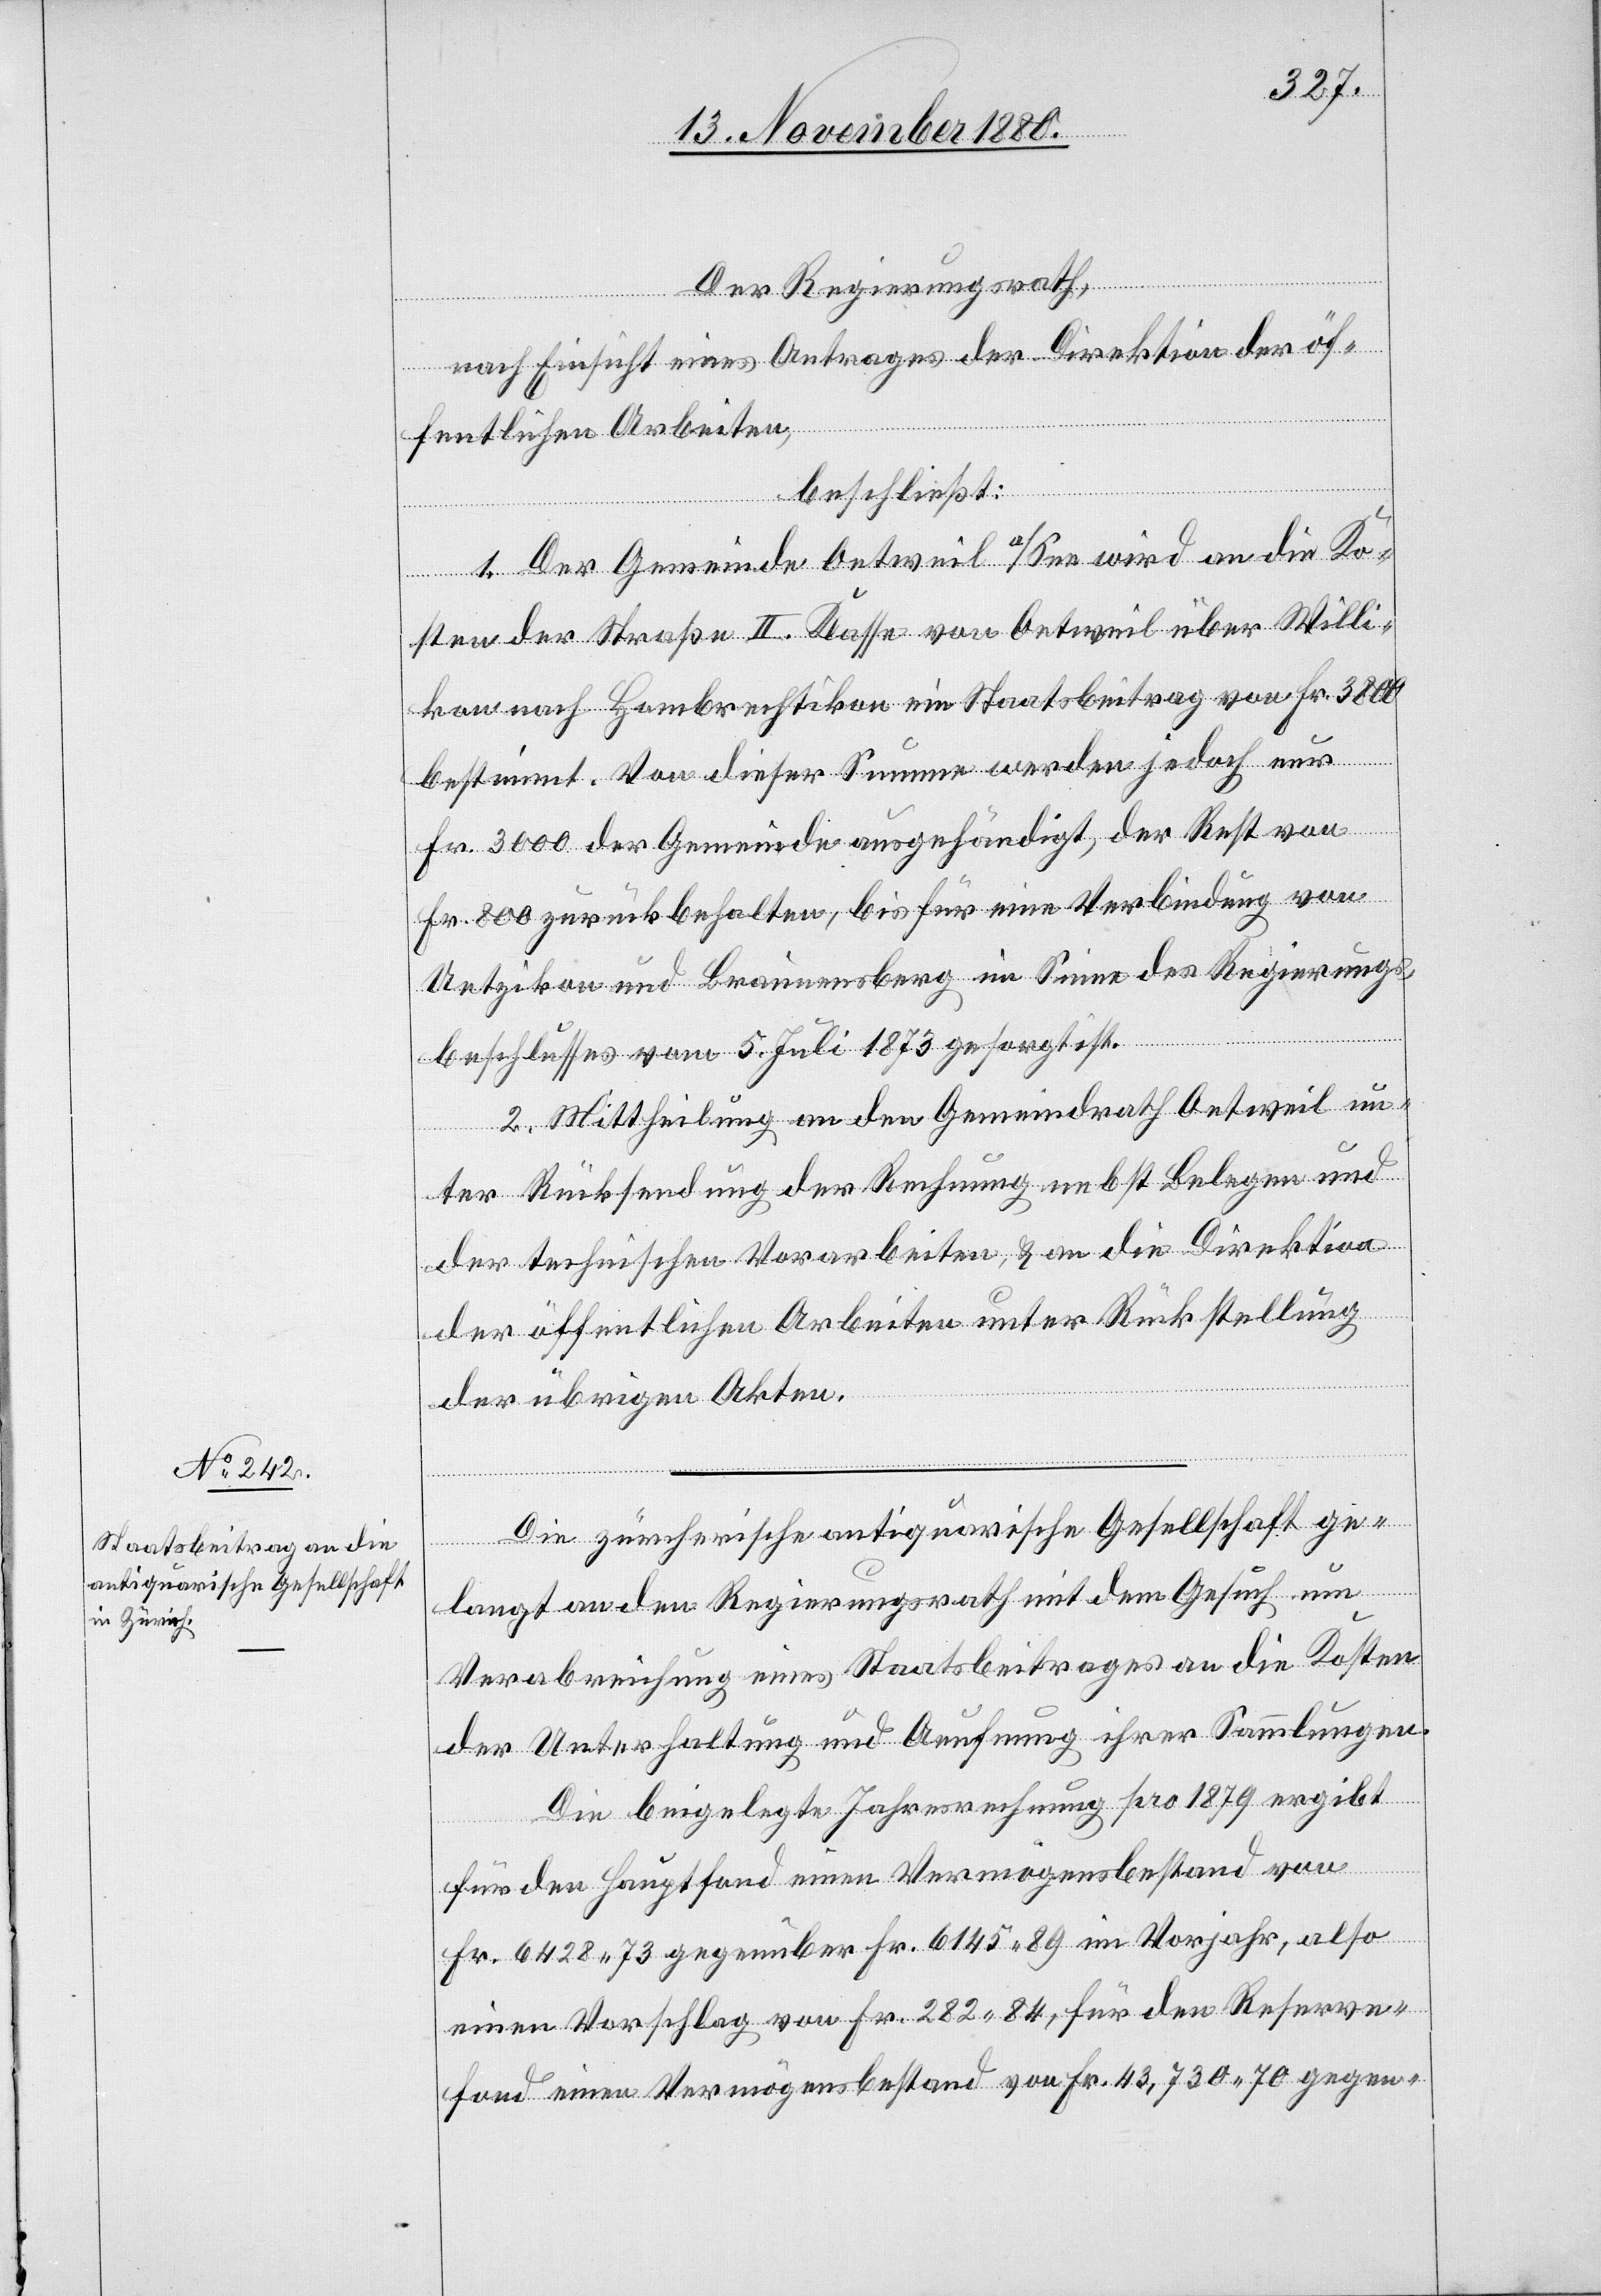
Der Regierungsrath,
nach Einsicht eines Antrages der Direktion der öf¬
fentlichen Arbeiten,
beschließt:
1. Der Gemeinde Oetweil a/See wird an die Ko¬
sten der Straße II. Klasse von Oetweil über Willi¬
kon nach Hombrechtikon ein Staatsbeitrag von Fr. 3800
bestimmt. Von dieser Summe werden jedoch nur
Fr. 3000 der Gemeinde ausgehändigt, der Rest von
Fr. 800 zurückbehalten, bis für eine Verbindung von
Uetzikon und Braunensberg im Sinne des Regierungs¬
beschlusses vom 5. Juli 1873 gesorgt ist.
2. Mittheilung an den Gemeindrath Oetweil un¬
ter Rücksendung der Rechnung nebst Belegen und
der technischen Vorarbeiten & an die Direktion
der öffentlichen Arbeiten unter Rückstellung
der übrigen Akten.
Die zürcherische antiquarische Gesellschaft ge¬
langt an den Regierungsrath mit dem Gesuch um
Verabreichung eines Staatsbeitrages an die Kosten
der Unterhaltung und Aeufnung ihrer Sammlungen.
Die beigelegte Jahresrechnung pro 1879 ergibt
für den Hauptfond einen Vermögensbestand von
Fr. 6423 73 gegenüber Fr. 6145 89 im Vorjahr, also
einen Vorschlag von Fr. 282 84, für den Reserve¬
fond einen Vermögensbestand von Fr. 43,730 70 gegen-